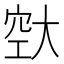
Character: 𪥔